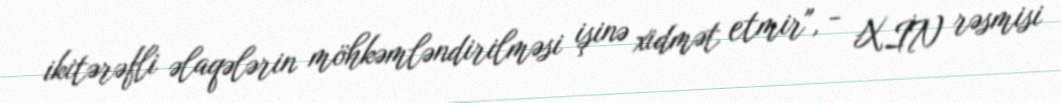
ikitərəfli əlaqələrin möhkəmləndirilməsi işinə xidmət etmir", - XİN rəsmisi